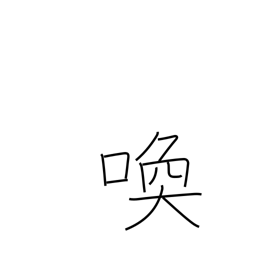
Meaning: scream